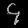
Digit: ၄